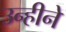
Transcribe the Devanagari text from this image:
उन्हीने